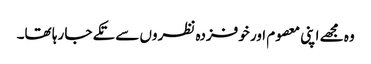
وہ مجھے اپنی معصوم اور خوفزدہ نظروں سے تکے جا رہا تھا۔